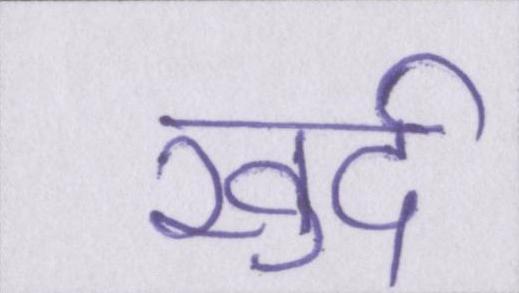
खुर्द